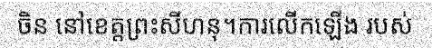
ចិន នៅខេត្តព្រះសីហនុ។ការលើកឡើង របស់